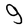
Character: g